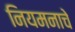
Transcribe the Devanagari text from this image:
नियमनाचे